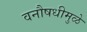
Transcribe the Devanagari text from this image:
वनौषधीमुळे